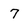
Character: 7